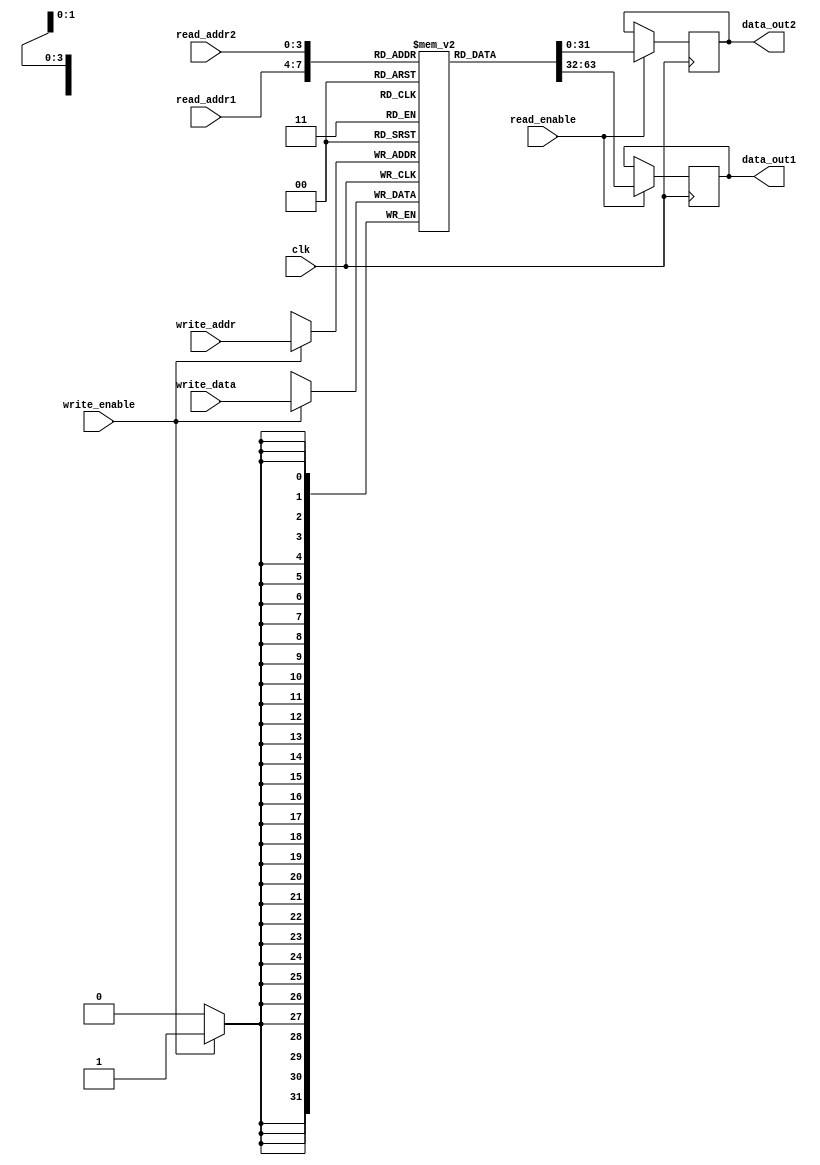
module register_file (
    input wire clk, 
    input wire [3:0] read_addr1, 
    input wire [3:0] read_addr2, 
    input wire [3:0] write_addr, 
    input wire [31:0] write_data, 
    input wire write_enable, 
    input wire read_enable, 
    output reg [31:0] data_out1, 
    output reg [31:0] data_out2
);

reg [31:0] mem[0:15];

always @(posedge clk) begin
    if(write_enable) begin
        mem[write_addr] <= write_data;
    end
    
    if(read_enable) begin
        data_out1 <= mem[read_addr1];
        data_out2 <= mem[read_addr2];
    end
end

endmodule